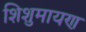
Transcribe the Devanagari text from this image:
शिशुमायण